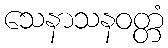
သေနာသနဝတ္တံ